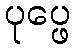
ပုပ္ဖေ